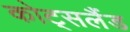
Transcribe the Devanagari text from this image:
कोट्सलैंड